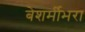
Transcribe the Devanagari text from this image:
बेशर्मीभरा